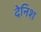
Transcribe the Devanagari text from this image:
देनिश